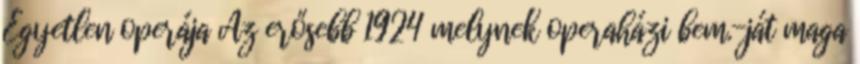
Egyetlen operája Az erősebb 1924 melynek operaházi bem.-ját maga